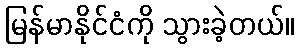
မြန်မာနိုင်ငံကို သွားခဲ့တယ်။